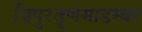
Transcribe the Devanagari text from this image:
त्रिपुरतृणमाडम्बर